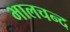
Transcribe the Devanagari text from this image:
भालचन्द